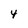
Character: 4